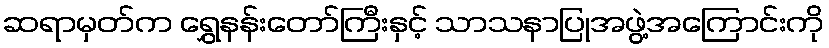
ဆရာမှတ်က ရွှေနန်းတော်ကြီးနှင့် သာသနာပြုအဖွဲ့အကြောင်းကို